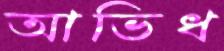
আভিধ